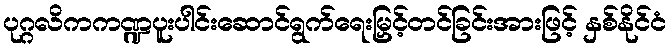
ပုဂ္ဂလိကကဏ္ဍပူးပါင်းဆောင်ရွက်ရေးမြှင့်တင်ခြင်းအားဖြင့် နှစ်နိုင်ငံ